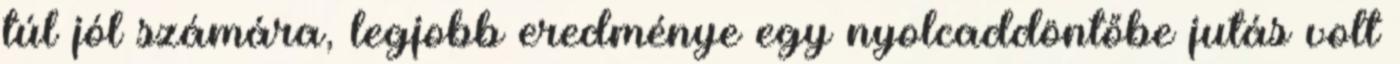
túl jól számára, legjobb eredménye egy nyolcaddöntőbe jutás volt